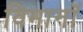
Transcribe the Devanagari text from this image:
विमानॉ